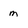
Character: m